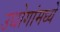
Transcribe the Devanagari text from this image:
उधोगांमध्ये